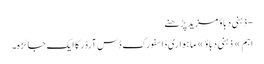
- ذہنی دباؤمزید پڑھنے
اہم » ذہنی دباؤ » ماہواری ڈاسفورک ڈس آرڈر کا ایک جائزہ۔